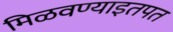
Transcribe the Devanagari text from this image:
मिळवण्याइतपत